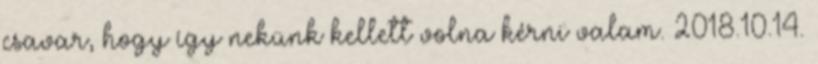
csavar, hogy így nekünk kellett volna kérni valam. 2018.10.14.